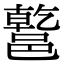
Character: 𨝝